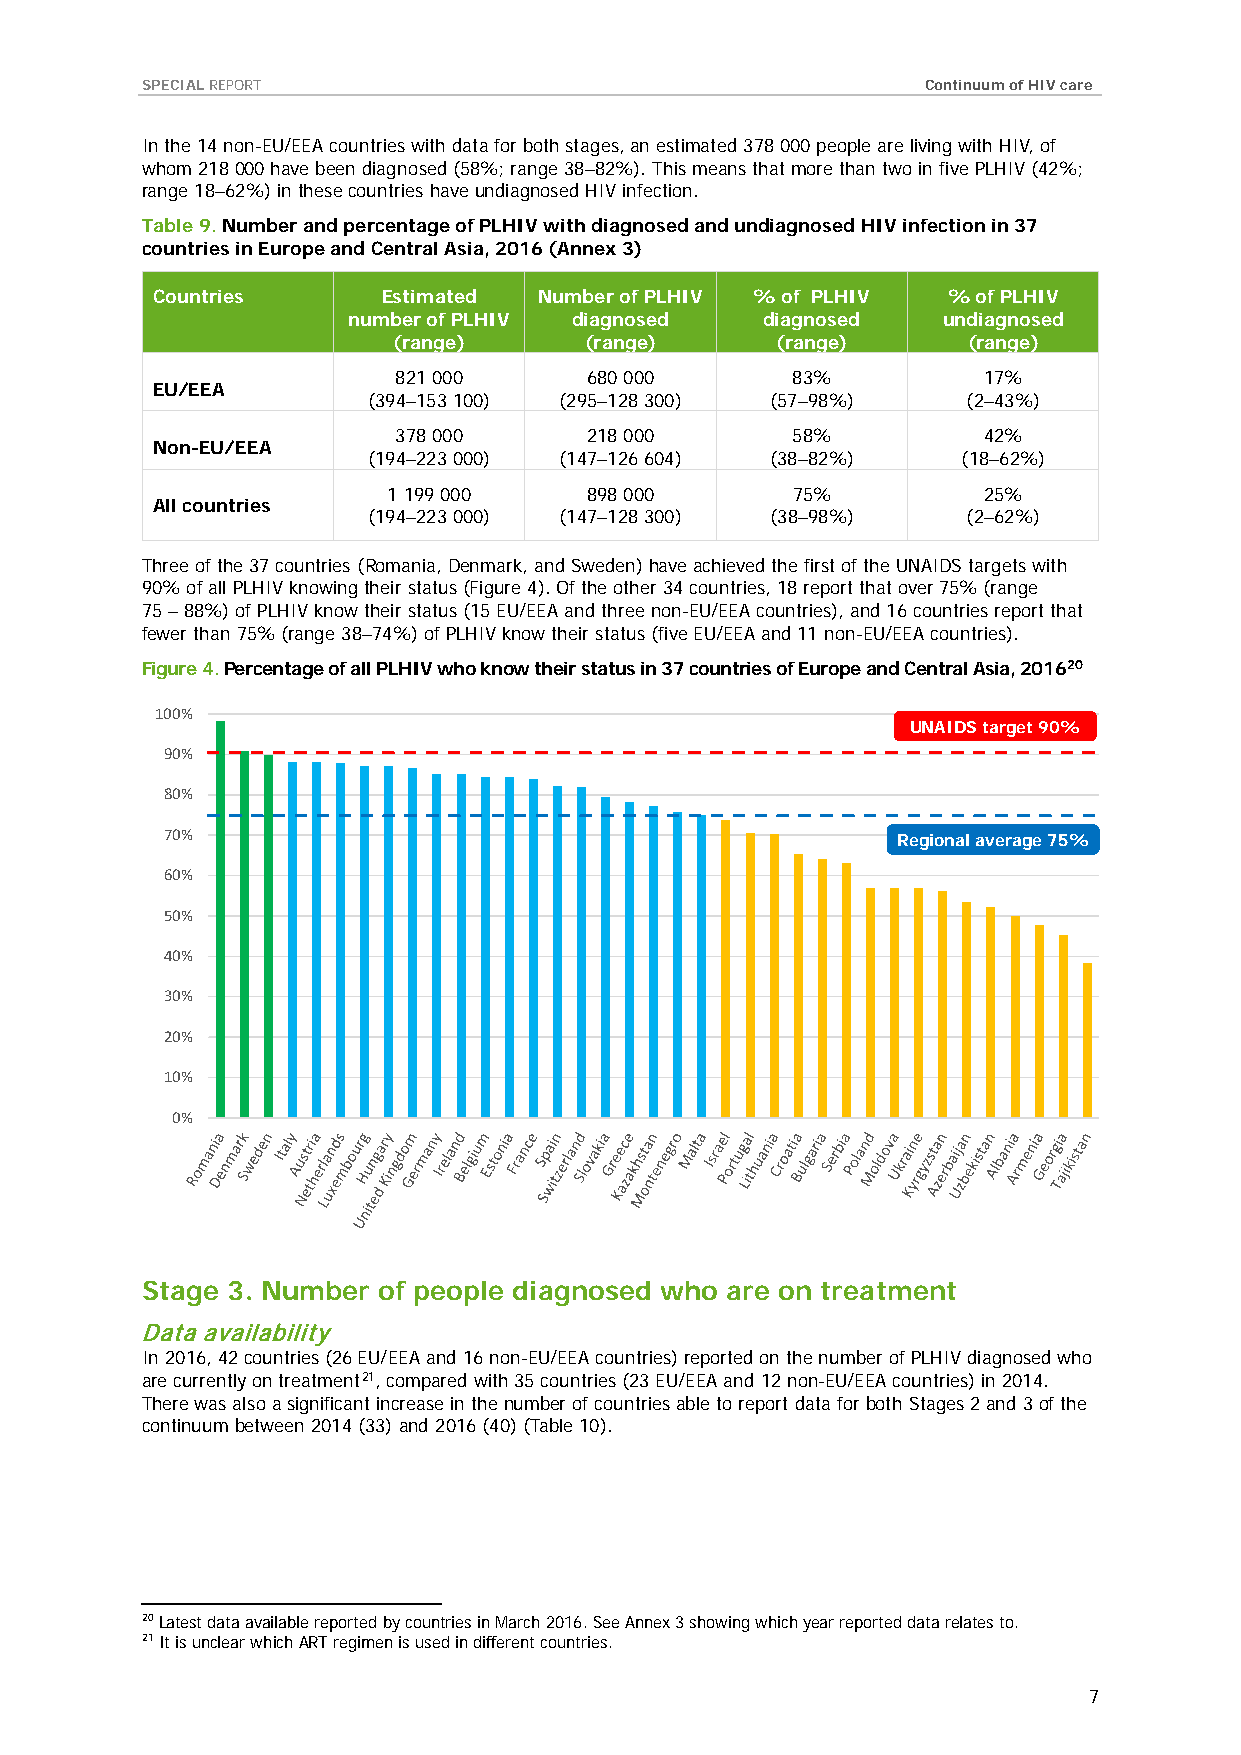
SPECIAL REPORT                                      Continuum of HIV care
 In the 14 non-EU/EEA countries with data for both stages, an estimated 378 000 people are living with HIV, of
 whom 218 000 have been diagnosed (58%; range 38–82%). This means that more than two in five PLHIV (42%;
 range 18–62%) in these countries have undiagnosed HIV infection.
 Table 9. Number and percentage of PLHIV with diagnosed and undiagnosed HIV infection in 37
 countries in Europe and Central Asia, 2016 (Annex 3)
 Countries      Estimated  Number of PLHIV % of PLHIV % of PLHIV
 number of PLHIV diagnosed   diagnosed  undiagnosed
 (range)      (range)     (range)      (range)
 821 000      680 000      83%          17%
 EU/EEA
 (394–153 100) (295–128 300) (57–98%)    (2–43%)
 378 000      218 000      58%          42%
 Non-EU/EEA
 (194–223 000) (147–126 604) (38–82%)    (18–62%)
 1 199 000    898 000      75%          25%
 All countries
 (194–223 000) (147–128 300) (38–98%)    (2–62%)
 Three of the 37 countries (Romania, Denmark, and Sweden) have achieved the first of the UNAIDS targets with
 90% of all PLHIV knowing their status (Figure 4). Of the other 34 countries, 18 report that over 75% (range
 75 – 88%) of PLHIV know their status (15 EU/EEA and three non-EU/EEA countries), and 16 countries report that
 fewer than 75% (range 38–74%) of PLHIV know their status (five EU/EEA and 11 non-EU/EEA countries).
 Figure 4. Percentage of all PLHIV who know their status in 37 countries of Europe and Central Asia, 201620
 100%
 UNAIDS target 90%
 90%
 80%
 70%                                             Regional average 75%
 60%
 50%
 40%
 30%
 20%
 10%
 0%
 Stage 3. Number of people diagnosed who are on treatment
 Data availability
 In 2016, 42 countries (26 EU/EEA and 16 non-EU/EEA countries) reported on the number of PLHIV diagnosed who
 are currently on treatment21, compared with 35 countries (23 EU/EEA and 12 non-EU/EEA countries) in 2014.
 There was also a significant increase in the number of countries able to report data for both Stages 2 and 3 of the
 continuum between 2014 (33) and 2016 (40) (Table 10).
 20 Latest data available reported by countries in March 2016. See Annex 3 showing which year reported data relates to.
 21 It is unclear which ART regimen is used in different countries.
 7